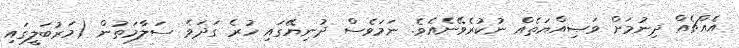
އެއްޗެއް ދިނުމަށް ވަޞިއްޔަތެއް ނުކުރެވޭނެއެވެ. ނަމަވެސް ދުނިޔޭގައި ހުރެ ގަދަވެ ސަލާމަތުން (މަރުބަލީގައި